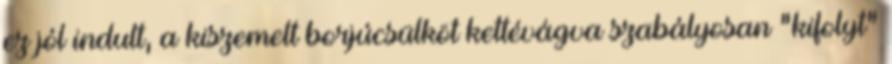
ez jól indult, a kiszemelt borjúcsülköt kettévágva szabályosan "kifolyt"